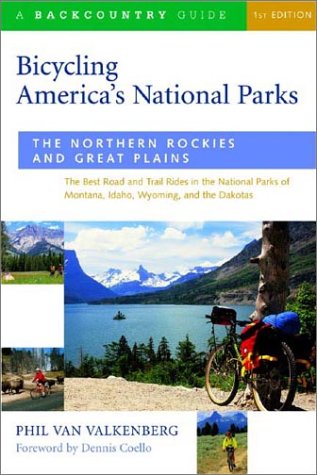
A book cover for Bicycling America's National Parks: The Northern Rockies and Great Plains; Phil Van Valkenberg; Travel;